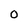
Character: 0